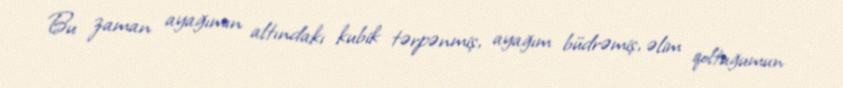
Bu zaman ayağımın altındakı kubik tərpənmiş, ayağım büdrəmiş, əlim qoltuğumun